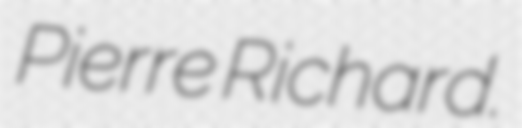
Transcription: Pierre Richard.